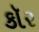
કૉર